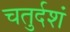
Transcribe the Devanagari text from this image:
चतुर्दशं